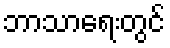
ဘာသာရေးတွင်